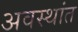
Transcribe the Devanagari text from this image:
अवस्थांत